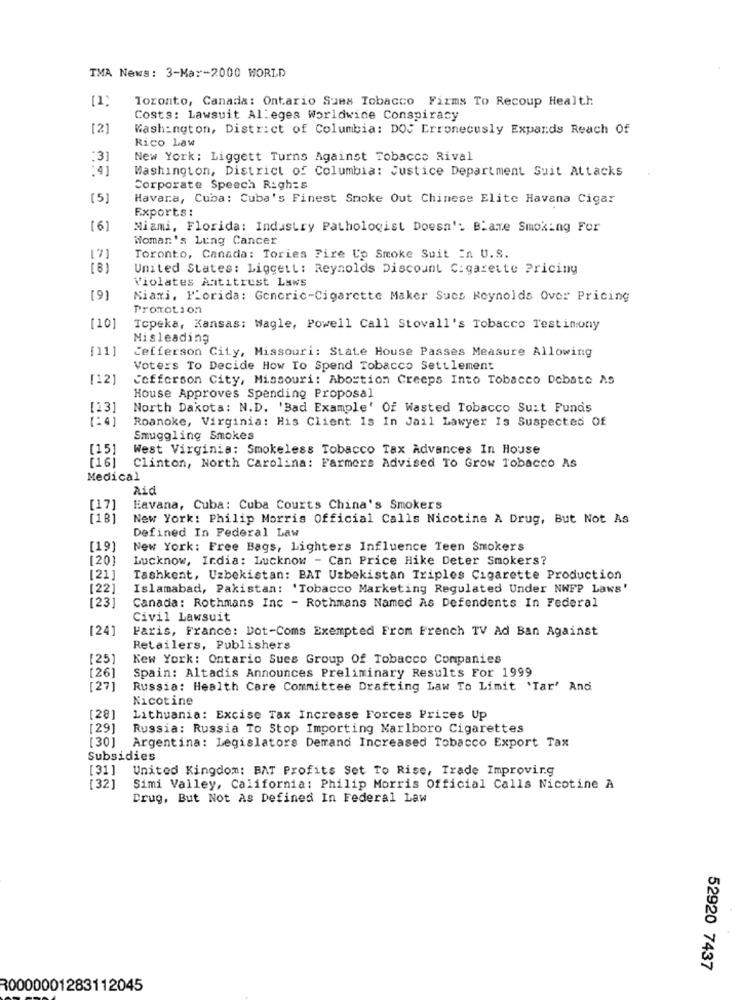
TMA News: 3-Ma :- 2000 WORLD
Toronto, Canada: Ontario Sues Tobacco Firms To Recoup Health
-
Costs: Lawsuit Alleges Worldwide Conspiracy
[2]
Washington, District of Columbia: DOS Erroneously Expands Reach Of
Rico Law
:31
New York: Liggett Turns Against Tobacco Rival
:41
Washington, District of Columbia: Justice Department Suit Attacks
Corporate Speech Righ:s
[5]
Havara, Cuba: Cuba's Finest Smoke Out Chinese Elite Havana Cigar
Exports:
[6]
Miami, Florida: Industry Pathologist Doesn': Blame Smoking For
Woman's Lung Cancer
171
Toronto, Canada: Tories Fire Co Smoke Suit In U.S.
(8)
United States: Liggett: Reynolds Discount Cigarette Pricing
Violates Antitrust Laws
[9]
Miami, Florida: Generic-Cigarette Maker Sucs Reynolds Over Pricing
Promotion
[10]
Topeka, Kansas: Wagle, Powell Call Stovall's Tobacco Testimony
Misleading
[11]
Jefferson City, Missouri: State House Passes Measure Allowing
Voters To Decide How To Spend Tobacco Settlement
[12]
Cofferson City, Missouri: Abortion Creeps Into Tobacco Debate AS
House Approves Spending Proposal
[13]
North Dakota: N.D. 'Bad Example' Of Wasted Tobacco Suit Funds
1: 41
Roanoke, Virginia: His Client Is In Jail Lawyer Is Suspected Of
Smuggling Smokes
[15]
West Virginia: Smokeless Tobacco Tax Advances In House
Clinton, North Carolina: Farmers Advised To Grow Tobacco As
[16]
Medical
aid
[17]
Eavana, Cuba: Cuba Courts China's Smokers
[18]
New York: Philip Morris Official Calls Nicotine A Drug, But Not As
Defined In Federal Law
[19]
New York: Free Bags, Lighters Influence Teen Smokers
[20]
Lucknow, India: Lucknow - Can Price Hike Deter Smokers?
[21]
Tashkent, Uzbekistan: BAT Uzbekistan Triples Cigarette Production
[22]
Islamabad, Pakistan: 'Tobacco Marketing Regulated Under NWFP Laws'
[23]
Canada: Rothmans Inc - Rothmans Named As Defendents In Federal
Civil Lawsuit
[24]
Paris, France: Dot-Coms Exempted From French TV Ad Ban Against
Retailers, Publishers
[25]
New York: Ontario Sues Group Of Tobacco Companies
[26
Spain: Altadis Announces Preliminary Results For 1999
[27]
Russia: Health Care Committee Drafting Law To Limit 'Tar' And
Nicotine
[28]
Lithuania: Excise Tax Increase Forces Prices Up
[29]
Russia: Russia To Stop Importing Marlboro Cigarettes
[30]
Argentina: Legislators Demrand Increased Tobacco Export Tax
Subsidies
[31]
United Kingdom: BAT Profits Set To Rise, Trade Improving
[32]
Simi Valley, California: Philip Morris Official Calls Nicotine A
Drug, But Not As Defined In Federal Law
52920 7437
R0000001283112045